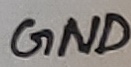
Text: GND